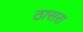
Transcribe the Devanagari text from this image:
ठासरा